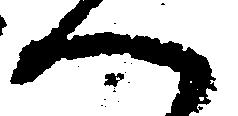
へ